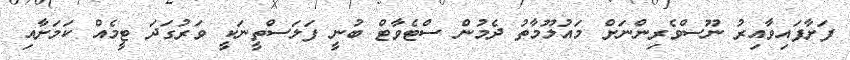
ފަށާފައިވާއިރު ނޫސްވެރިންނަށް މައުލޫމާތު ދެމުން ސްޓެވާޓް ބުނީ ފަލަސްތީނަކީ ވަރުގަދަ ޓީމެއް ކަމަށާއި